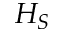
H _ { S }